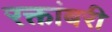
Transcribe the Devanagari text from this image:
रक्तांबरी